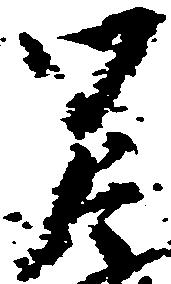
覚